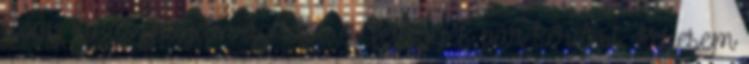
hogy kihasználjam az időt, és feltegyek pár kérdést. Keresem